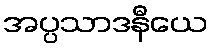
အပ္ပသာဒနီယေ